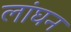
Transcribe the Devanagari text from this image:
लांघन